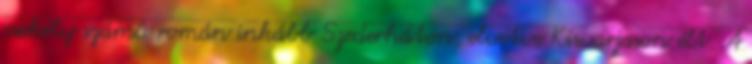
csekély számú román inkább Szederháton, elvétve Kisvarjason élt. A